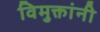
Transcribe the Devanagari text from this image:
विमुक्तांनी